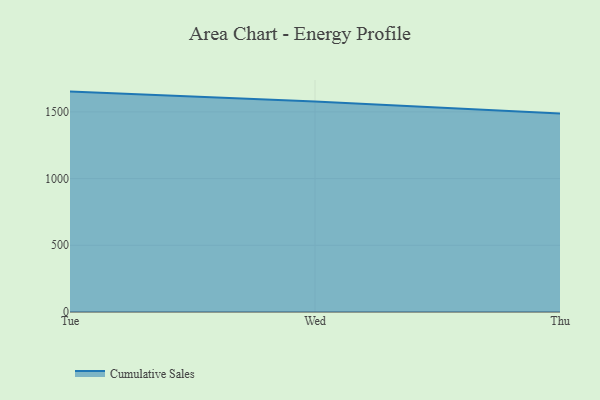
{"axis": {"x": "Day", "y": "Page Views"}, "legend": ["Cumulative Sales"], "data": [{"x": "Tue", "y": 1652.0, "type": "Cumulative Sales"}, {"x": "Wed", "y": 1577.8, "type": "Cumulative Sales"}, {"x": "Thu", "y": 1487.9, "type": "Cumulative Sales"}]}